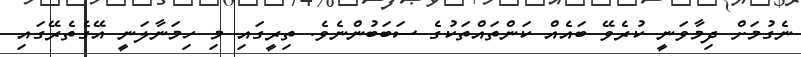
ނެގުމަށް ދިމާވަނީ ކުރެވޭ ބައެއް ކަންތައްތަކުގެ ސަބަބުންނެވެ. ތިރީގައި މި ހިމަނާލަނީ އޭގެތެރޭގައި